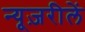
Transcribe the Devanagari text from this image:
न्यूज़रीलें